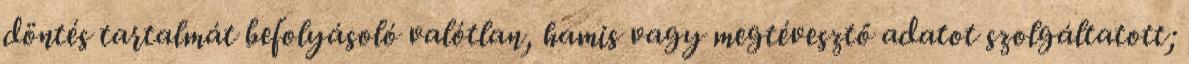
döntés tartalmát befolyásoló valótlan, hamis vagy megtévesztő adatot szolgáltatott;